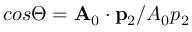
c o s \Theta = \mathbf { A } _ { 0 } \cdot \mathbf { p } _ { 2 } / A _ { 0 } p _ { 2 }